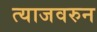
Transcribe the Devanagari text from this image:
त्याजवरुन